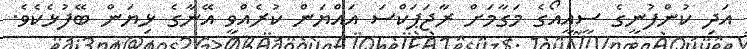
އަދި ކުންފުނީގެ ސީއީއޯގެ މަގާމަށް ރާޖަޕަކްސަ އައްޔަން ކުރެއްވީ އޭނާގެ ޅިޔަން ބޭފުޅެކެވެ.